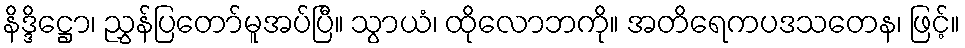
နိဒ္ဒိဋ္ဌော၊ ညွှန်ပြတော်မူအပ်ပြီ။ သွာယံ၊ ထိုလောဘကို။ အတိရေကပဒသတေန၊ ဖြင့်။